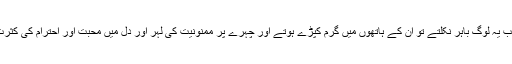
جب یہ لوگ باہر نکلتے تو ان کے ہاتھوں میں گرم کپڑے ہوتے اور چہرے پر ممنونیت کی لہر اور دل میں محبت اور احترام کی کثرت۔